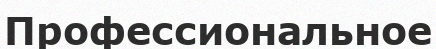
Профессиональное